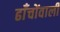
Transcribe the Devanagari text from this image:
ढाँचोंवाली